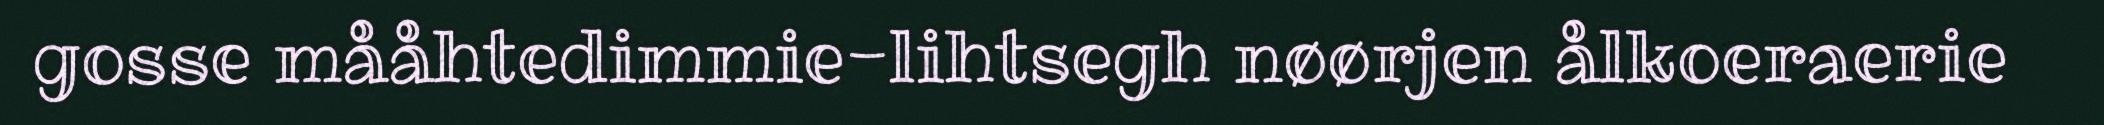
gosse mååhtedimmie-lihtsegh nøørjen ålkoeraerie